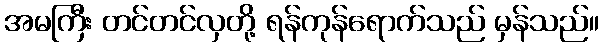
အမကြီး တင်တင်လှတို့ ရန်ကုန်ရောက်သည် မှန်သည်။